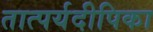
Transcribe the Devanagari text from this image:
तात्पर्यदीपिका